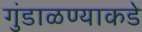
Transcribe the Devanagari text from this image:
गुंडाळण्याकडे